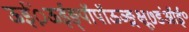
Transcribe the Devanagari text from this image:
ऊईं़ऊईङ्पॉपॉऊञ्ङ़़्क्षू७डंऑई॰